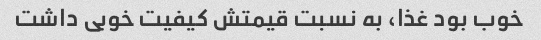
خوب بود غذا، به نسبت قیمتش کیفیت خوبی داشت